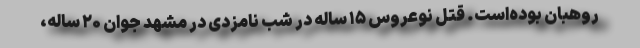
روهبان بوده‌است. قتل نوعروس ۱۵ ساله در شب نامزدی در مشهد جوان ۲۰ ساله،